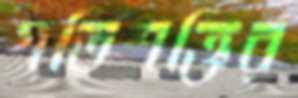
গতিশক্তির